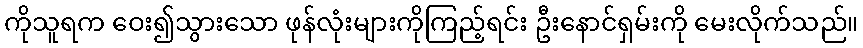
ကိုသူရက ဝေး၍သွားသော ဖုန်လုံးများကိုကြည့်ရင်း ဦးနောင်ရှမ်းကို မေးလိုက်သည်။